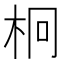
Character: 𣐒